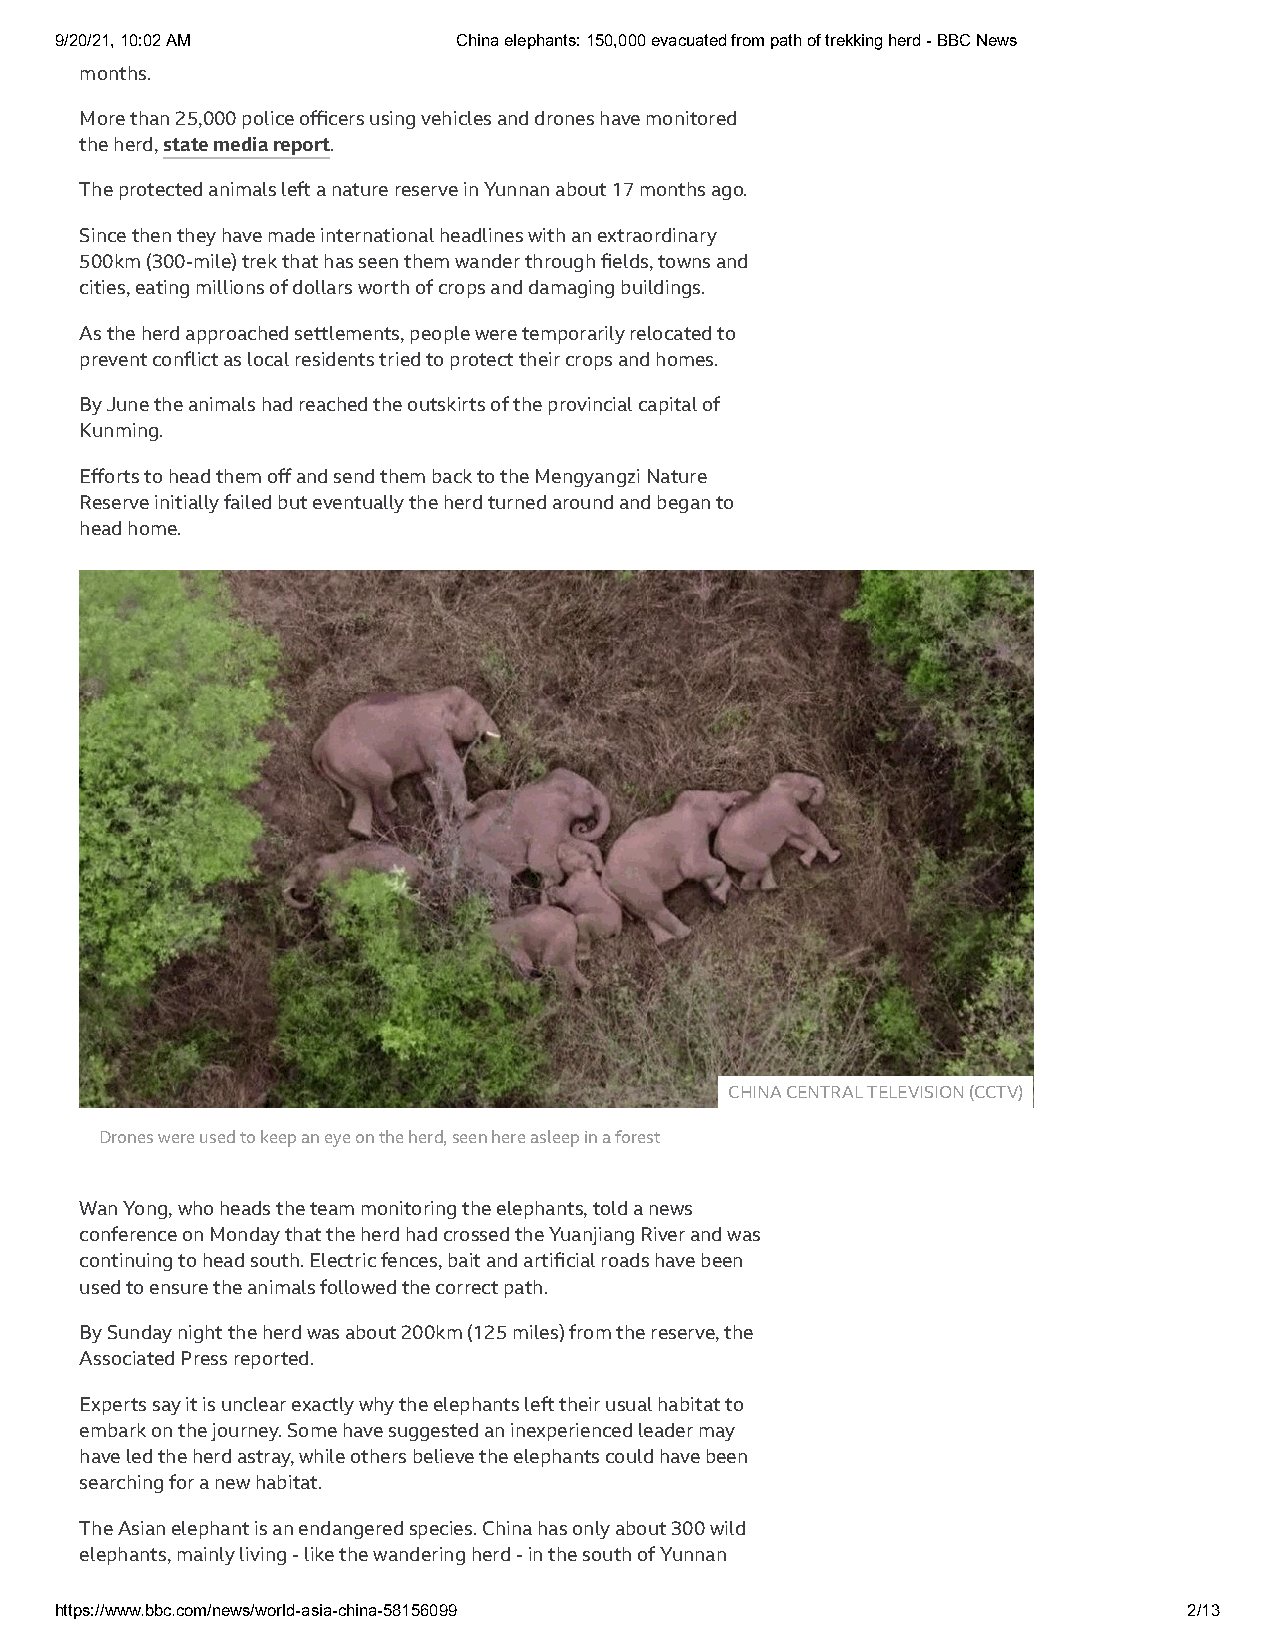
9/20/21, 10:02 AM         China elephants: 150,000 evacuated from path of trekking herd - BBC News
 months.
 More than 25,000 police officers using vehicles and drones have monitored
 the herd, state media report.
 The protected animals le a nature reserve in Yunnan about 17 months ago.
 Since then they have made international headlines with an extraordinary
 500km (300-mile) trek that has seen them wander through fields, towns and
 cities, eating millions of dollars worth of crops and damaging buildings.
 As the herd approached settlements, people were temporarily relocated to
 prevent conflict as local residents tried to protect their crops and homes.
 By June the animals had reached the outskirts of the provincial capital of
 Kunming.
 Efforts to head them off and send them back to the Mengyangzi Nature
 Reserve initially failed but eventually the herd turned around and began to
 head home.
 CHINA CENTRAL TELEVISION (CCTV)
 Drones were used to keep an eye on the herd, seen here asleep in a forest
 Wan Yong, who heads the team monitoring the elephants, told a news
 conference on Monday that the herd had crossed the Yuanjiang River and was
 continuing to head south. Electric fences, bait and artificial roads have been
 used to ensure the animals followed the correct path.
 By Sunday night the herd was about 200km (125 miles) from the reserve, the
 Associated Press reported.
 Experts say it is unclear exactly why the elephants le their usual habitat to
 embark on the journey. Some have suggested an inexperienced leader may
 have led the herd astray, while others believe the elephants could have been
 searching for a new habitat.
 The Asian elephant is an endangered species. China has only about 300 wild
 elephants, mainly living - like the wandering herd - in the south of Yunnan
 https://www.bbc.com/news/world-asia-china-58156099                         2/13